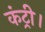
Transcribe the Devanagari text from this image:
कंट्री।